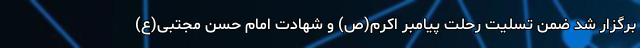
برگزار شد ضمن تسلیت رحلت پیامبر اکرم(ص) و شهادت امام حسن مجتبی(ع)